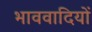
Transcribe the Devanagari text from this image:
भाववादियों